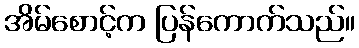
အိမ်စောင့်က ပြန်ကောက်သည်။